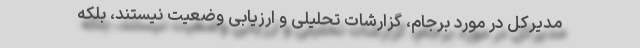
مدیرکل در مورد برجام، گزارشات تحلیلی و ارزیابی وضعیت نیستند، بلکه